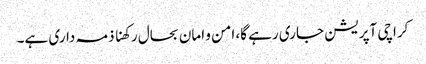
کراچی آپریشن جاری رہے گا، امن و امان بحال رکھنا ذمہ داری ہے۔